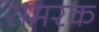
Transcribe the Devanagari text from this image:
समरक